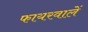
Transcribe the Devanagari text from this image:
फायरवालें